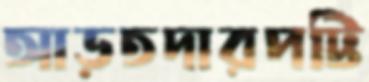
আড়তদারপট্টি